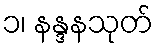
၁၊ နန္ဒနသုတ်